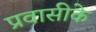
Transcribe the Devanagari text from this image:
प्रवासीके